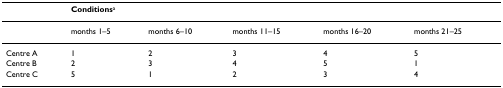
<table><thead><tr><td></td><td colspan="5"><b>Conditions<sup>a</sup></b></td></tr></thead><tbody><tr><td></td><td>months 1–5</td><td>months 6–10</td><td>months 11–15</td><td>months 16–20</td><td>months 21–25</td></tr><tr><td>Centre A</td><td>1</td><td>2</td><td>3</td><td>4</td><td>5</td></tr><tr><td>Centre B</td><td>2</td><td>3</td><td>4</td><td>5</td><td>1</td></tr><tr><td>Centre C</td><td>5</td><td>1</td><td>2</td><td>3</td><td>4</td></tr></tbody></table>